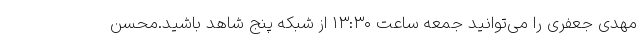
مهدی جعفری را می‌توانید جمعه ساعت ۱۳:۳۰ از شبکه پنج شاهد باشید.محسن